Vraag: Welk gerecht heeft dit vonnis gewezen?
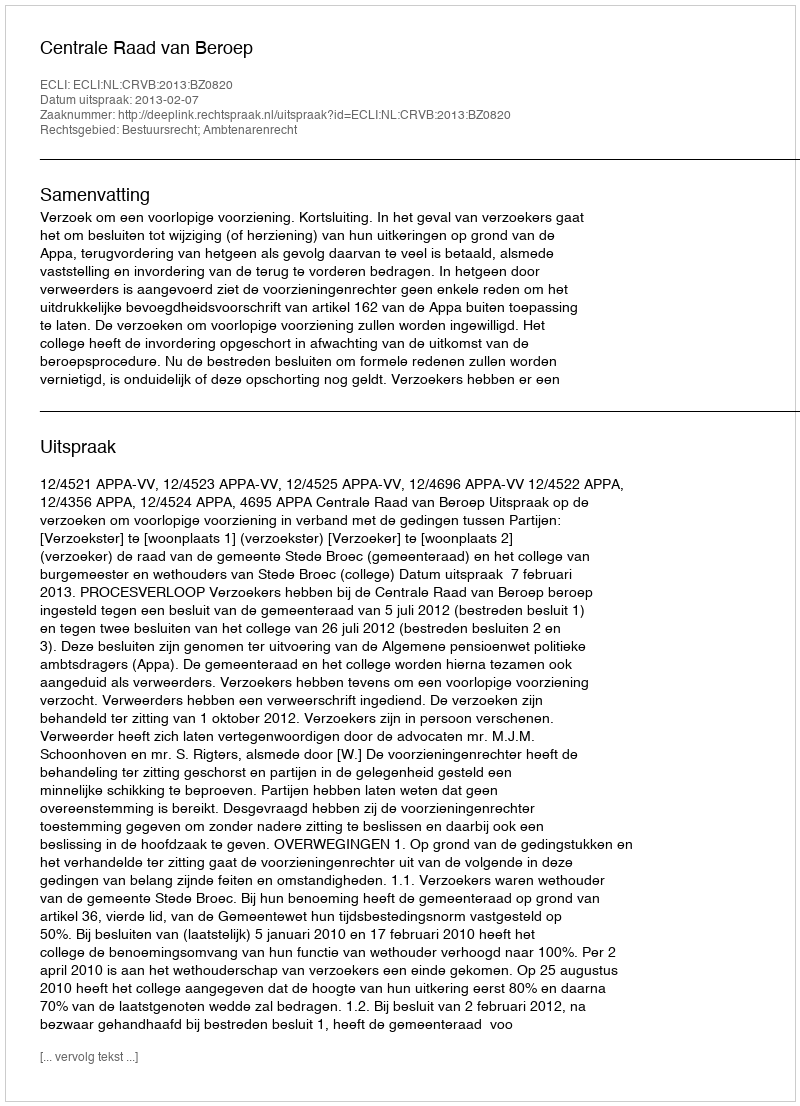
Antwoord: Centrale Raad van Beroep